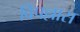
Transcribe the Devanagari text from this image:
विपल्लास